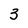
Character: 3